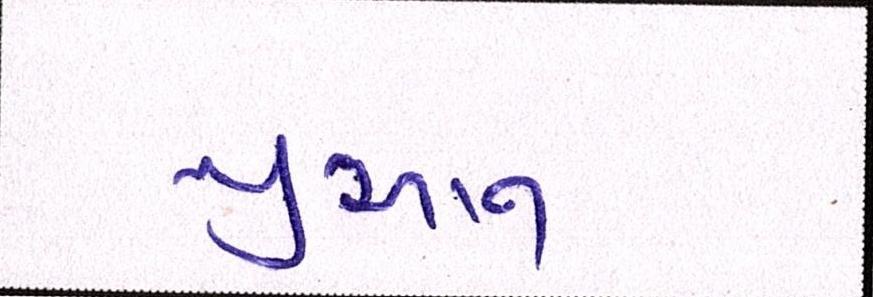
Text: યુઆન